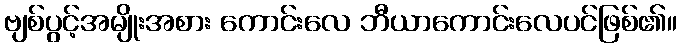
ဗျစ်ပွင့်အမျိုးအစား ကောင်းလေ ဘီယာကောင်းလေပင်ဖြစ်၏။